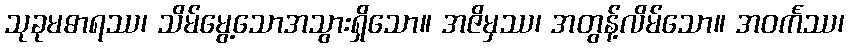
သုခုမဓာရဿ၊ သိမ်မွေ့သောအသွားရှိသော။ အဇိမှဿ၊ အတွန့်လိမ်သော။ အဝင်္ကဿ၊